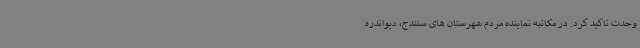
وحدت تاکید کرد. در مکاتبه نماینده مردم شهرستان های سنندج، دیواندره